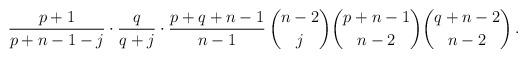
LaTeX: \begin{align*}\frac{p+1}{p+n-1-j} \cdot \frac{q}{q+j} \cdot \frac{p+q+n-1}{n-1} \, \binom{n-2}{j} \binom{p+n-1}{n-2} \binom{q+n-2}{n-2} \,.\end{align*}